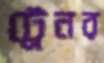
ট্রেনর